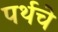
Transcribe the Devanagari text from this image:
पर्थचे